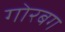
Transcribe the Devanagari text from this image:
गोरबग